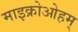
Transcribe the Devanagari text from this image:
माइक्रोओहम्‌